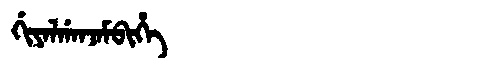
Manchu: ᡤᡳᠶᠠᠯᡤᠠᠨᠵᠠᠮᠪᡳᡥᡝ
Romanization: GIYALGANJAMBIHE